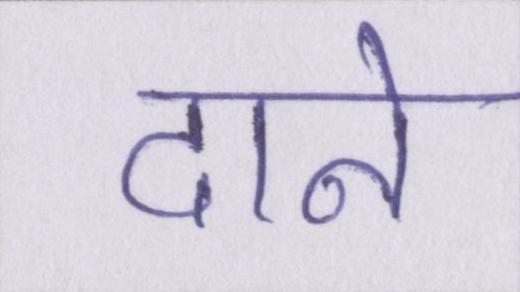
दाने